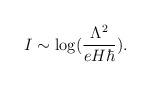
LaTeX: \begin{align*}I \sim \log ({\Lambda^2 \over eH\hbar}). \end{align*}